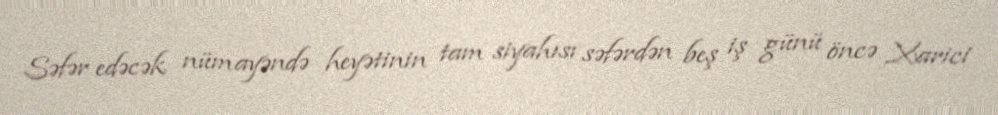
Səfər edəcək nümayəndə heyətinin tam siyahısı səfərdən beş iş günü öncə Xarici